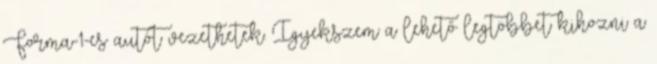
Forma-1-es autót vezethetek. Igyekszem a lehető legtöbbet kihozni a